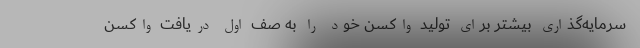
سرمایه‌گذاری بیشتر برای تولید واکسن خود را به صف اول دریافت واکسن